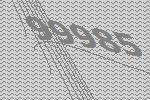
99985